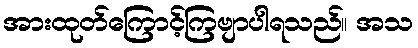
အားထုတ်ကြောင့်ကြဗျာပါရသည်။ အသ